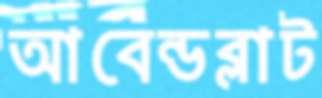
আবেন্ডব্লাট